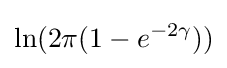
\ln(2\pi (1-e^{-2\gamma }))